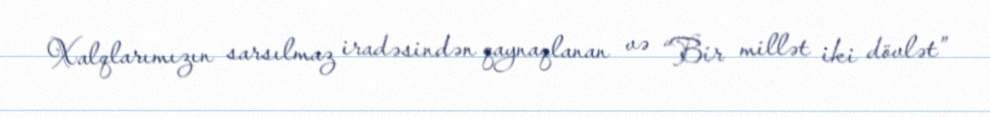
Xalqlarımızın sarsılmaz iradəsindən qaynaqlanan və “Bir millət iki dövlət”